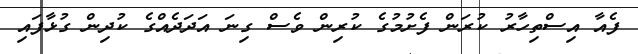
ފެއާ އިސްތިހާރު ކުރަން ފެށުމުގެ ކުރިން ވެސް ގިނަ އަދަދެއްގެ ކުދިން ގުޅާފައި